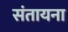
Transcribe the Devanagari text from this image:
संतायना